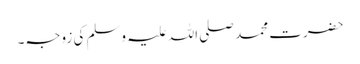
حضرت محمد صلی اللہ علیہ وسلم کی زوجہ۔